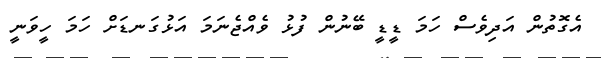
އެގޮތުން އަދިވެސް ހަމަ ޑީޑީ ބޭނުން ފުޅު ވެއްޖެނަމަ އަޅުގަނޑަށް ހަމަ ހީވަނީ